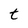
Character: t